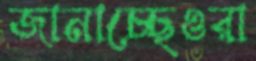
জানাচ্ছেওরা